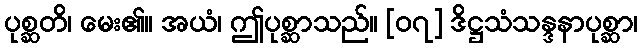
ပုစ္ဆတိ၊ မေး၏။ အယံ၊ ဤပုစ္ဆာသည်။ [၀၇] ဒိဋ္ဌသံသန္ဒနာပုစ္ဆာ၊